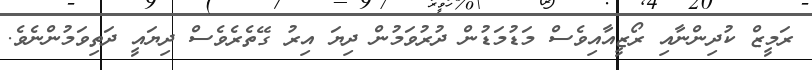
ރަމީޒް ކުދިންނާއި ރޯޒީއާއިވެސް މަޑުމަޑުން ދުރުވަމުން ދިޔަ އިރު ގޭތެރެވެސް ދިޔައީ ދަތިވަމުންނެވެ.